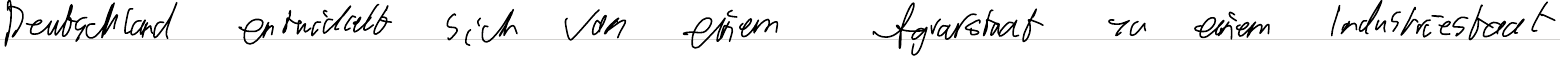
Deutschland entwickelt sich von einem Agrarstaat zu einem Industriestaat